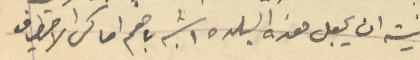
نيته ان يجعل هذه البلده اشبه باهم أماكن الاصطياف